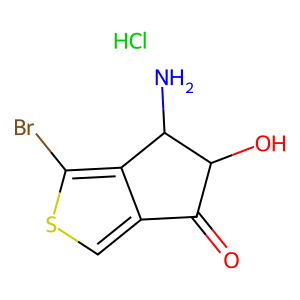
SMILES: Cl.NC1c2c(csc2Br)C(=O)C1O
Inhibits HIV replication: No